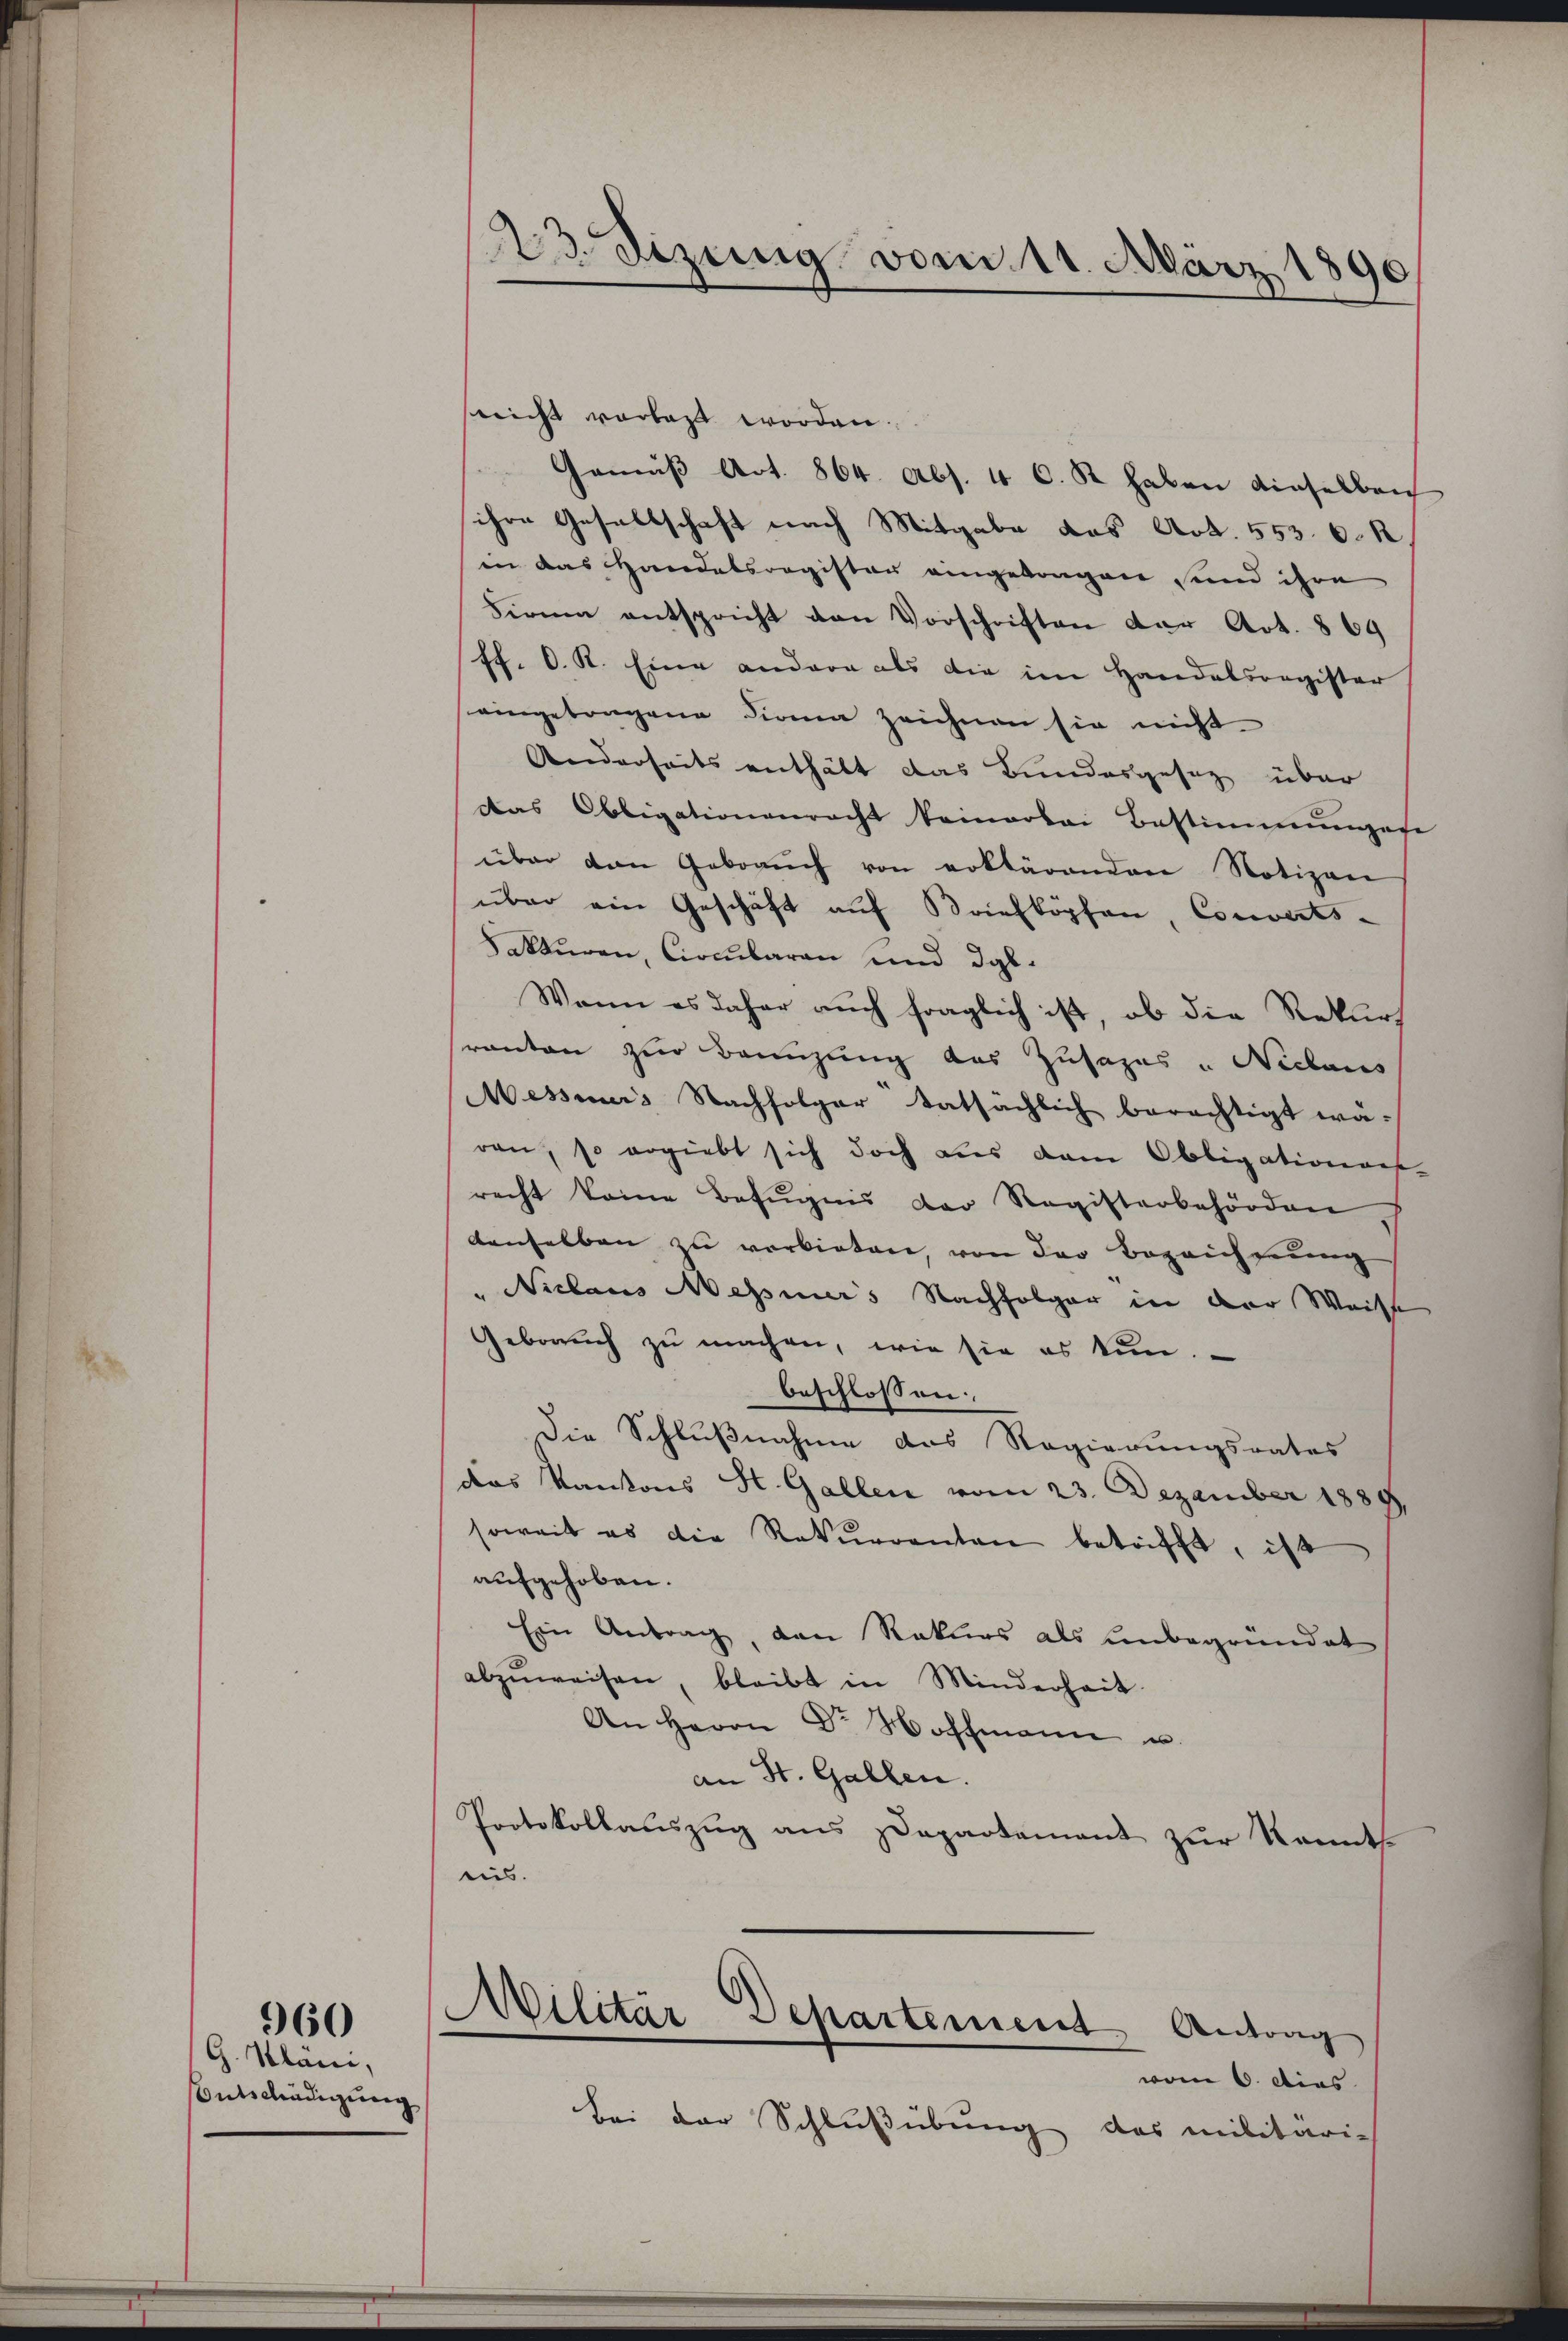
G. Kläni,
Entschädigung

960

snicht vorlagt worden.
Gemäß Art. 864. Abs. 4 C. R. haben einselben
sichen Gesellschaft nach Mitgabe das Art. 553. 6. R
in das Handelsregister eingelangen sind ihre
Firne entspricht von Vorschriften der Art. 869
ff. D. R. Eine andere als die im Handelsregister
eingetragene Diana zeichnen sie nicht
Anderseits enthält das Bundesgesetz über
das Obligationenrecht keinerlei Bestimmungen
über den Gebrauch von erklärenden Notizen
über ein Geschäft auf Briefköpfen, Converts-
Aturen, Ciombaren und dgl.
Wenn es daher auch fraglich ist, ob die Rekurs
ranten zur Benzung des Zusages und Niclaus
Messiers Nachfolger tatsächlich berechtigt wä-
ren, so ergiebt sich doch aus dem Obligationais-
recht keine befŭgen der Registerbehörden,
denselben zu verbieten, von der Bezeicherung
" Niclaus Messiners Nachfolger in der Weise
Gebrauch zu machen, wie sie es kun
beschlossen:
Die Schlußnahme des Regierungsrates
das Kantons St. Gallen vom 23. Dezember 1889
soweit es die Rekurrenten betrifft, ist
aufgehoben.
Ein Antrag, den Rekurs als unbegründet
abzŭweisen, bleibt in Minderheit.
An Herrn Dr Hoffmann u.
an St. Gallen.
Protokollauszug aus Departement zur Kenntiins.
Militär-Departement Antrag
vom 6. dies
Bei der Schlußübung das militari-

3 Sizung vom 11. März 1890